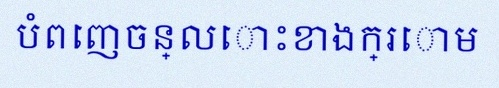
បំពេញចន្លោះខាងក្រោម